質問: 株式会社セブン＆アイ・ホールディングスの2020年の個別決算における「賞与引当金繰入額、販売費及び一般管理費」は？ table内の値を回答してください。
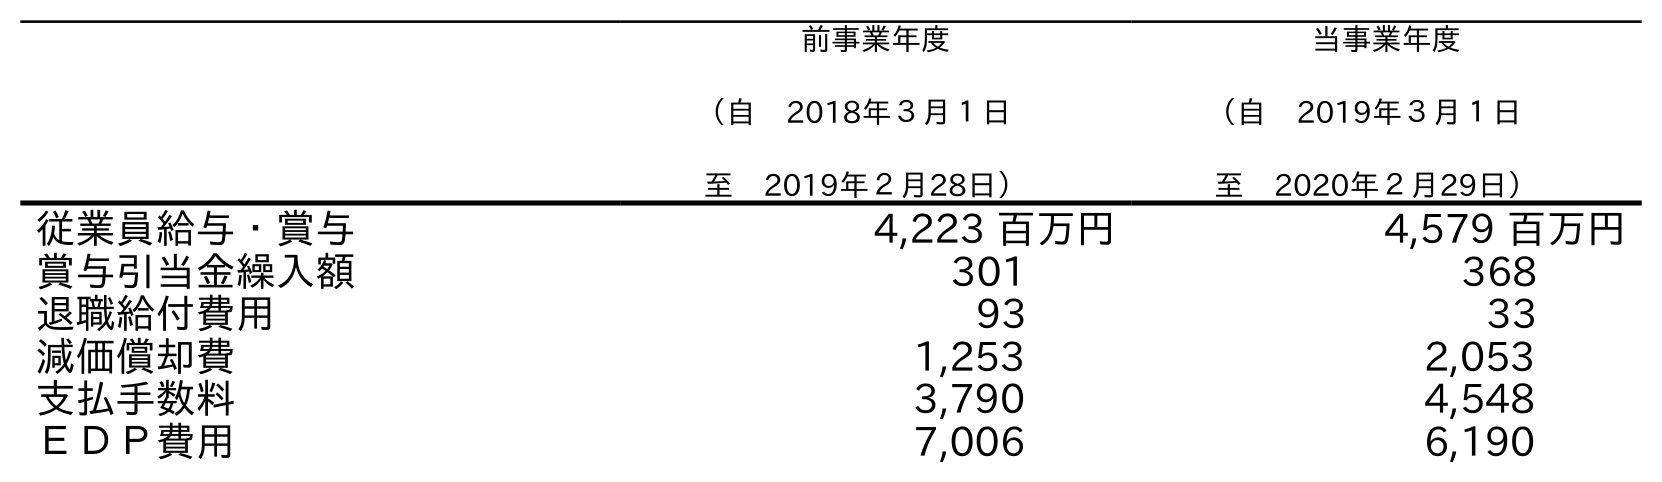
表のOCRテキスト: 前事業年度 （自 2018年３月１日 至 2019年２月28日） 当事業年度 （自 2019年３月１日 至 2020年２月29日） 従業員給与・賞与 4,223 百万円 4,579 百万円 賞与引当金繰入額 301 368 退職給付費用 93 33 減価償却費 1,253 2,053 支払手数料 3,790 4,548 ＥＤＰ費用 7,006 6,190
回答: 368